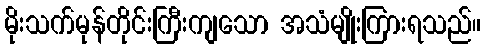
မိုးသက်မုန်တိုင်းကြီးကျသော အသံမျိုးကြားရသည်။